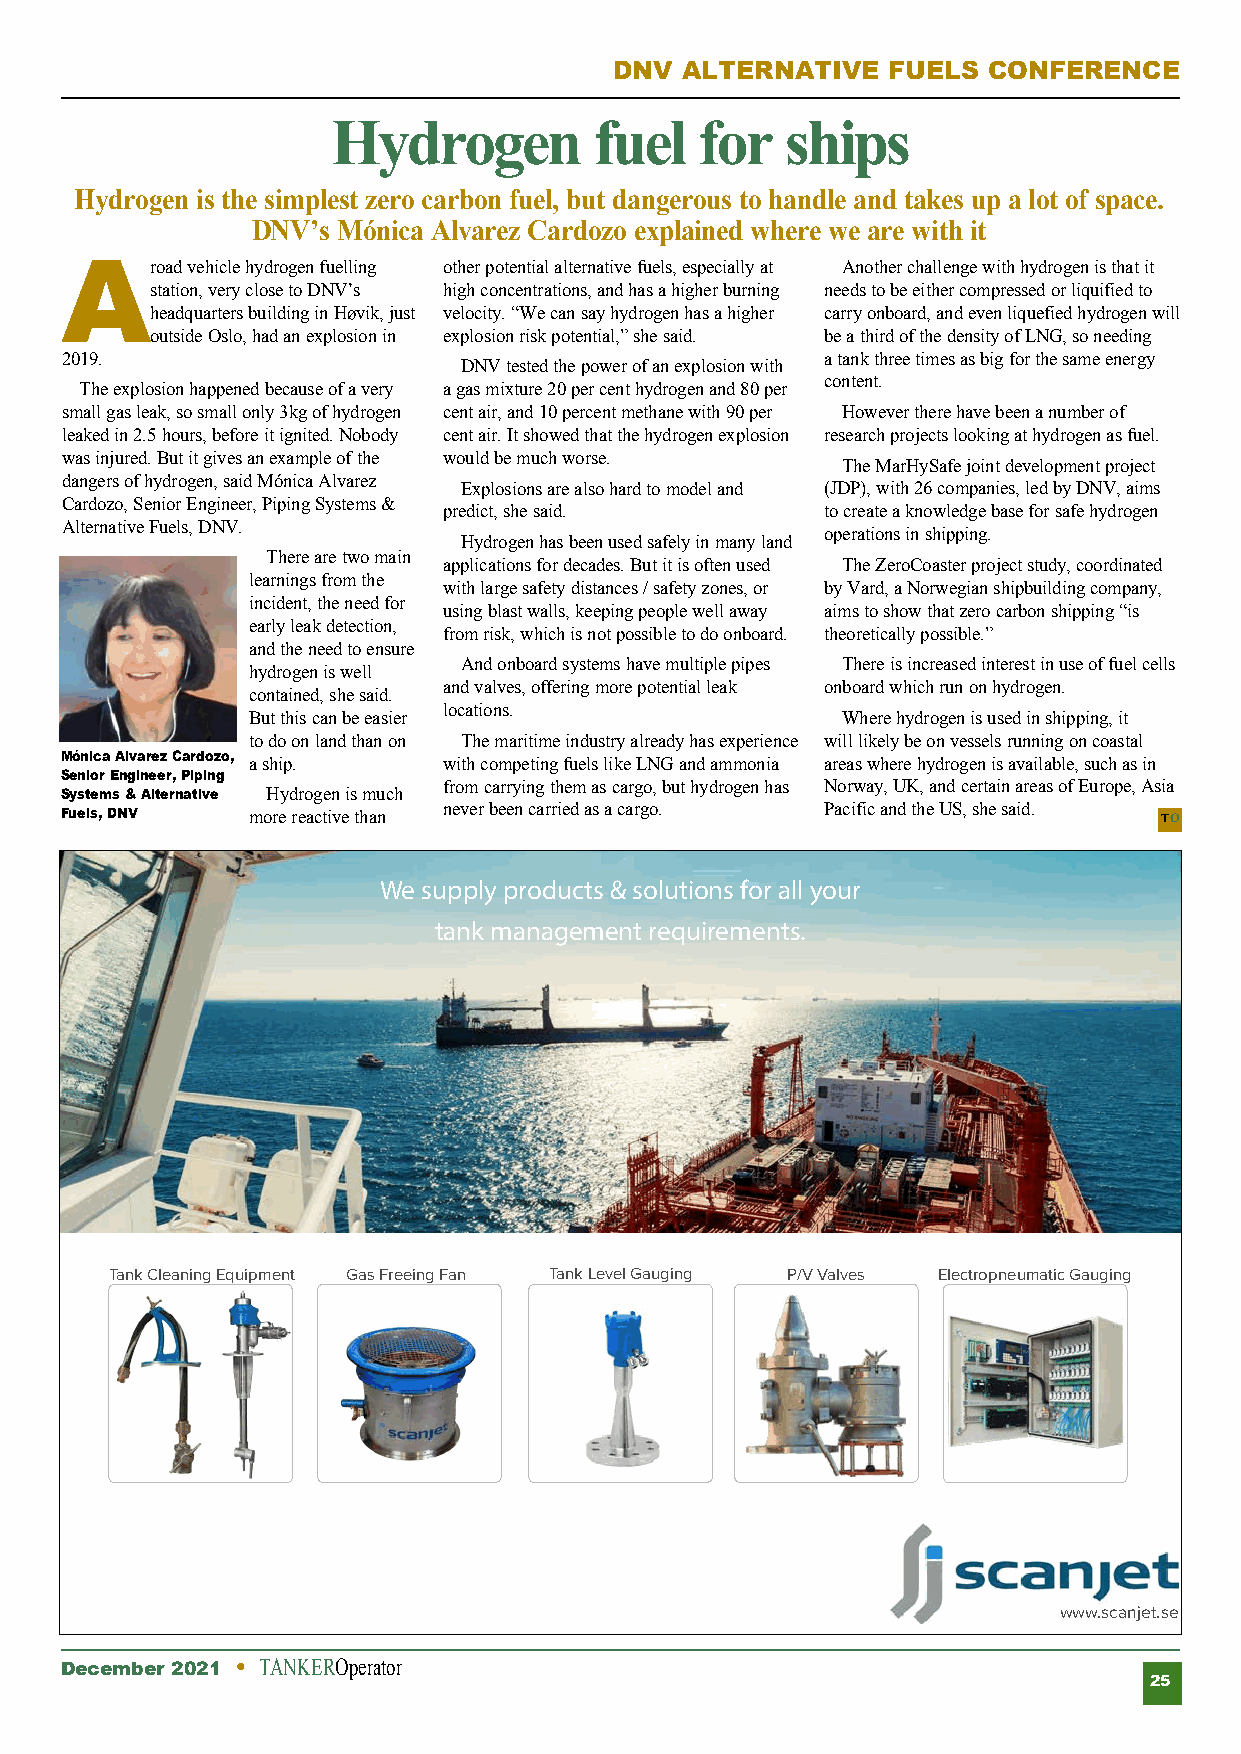
DNV ALTERNATIVE   FUELS CONFERENCE
 Hydrogen         fuel   for   ships
 Hydrogen is the simplest zero carbon fuel, but dangerous to handle and takes up a lot of space.
 DNV’s Mónica Alvarez Cardozo explained where we are with it
 Ar    oad vehicle hydrogen fuelling other potential alternative fuels, especially at Another challenge with hydrogen is that it
 station, very close to DNV’s high concentrations, and has a higher burning needs to be either compressed or liquified to
 headquarters building in Høvik, just velocity. “We can say hydrogen has a higher carry onboard, and even liquefied hydrogen will
 outside Oslo, had an explosion in explosion risk potential,” she said. be a third of the density of LNG, so needing
 2019.                                              a tank three times as big for the same energy
 DNV tested the power of an explosion with
 content.
 The explosion happened because of a very a gas mixture 20 per cent hydrogen and 80 per
 small gas leak, so small only 3kg of hydrogen cent air, and 10 percent methane with 90 per However there have been a number of
 leaked in 2.5 hours, before it ignited. Nobody cent air. It showed that the hydrogen explosion research projects looking at hydrogen as fuel.
 was injured. But it gives an example of the would be much worse.
 The MarHySafe joint development project
 dangers of hydrogen, said Mónica Alvarez
 Explosions are also hard to model and (JDP), with 26 companies, led by DNV, aims
 Cardozo, Senior Engineer, Piping Systems &
 predict, she said.        to create a knowledge base for safe hydrogen
 Alternative Fuels, DNV.
 operations in shipping.
 Hydrogen has been used safely in many land
 There are two main
 applications for decades. But it is often used The ZeroCoaster project study, coordinated
 learnings from the
 with large safety distances / safety zones, or by Vard, a Norwegian shipbuilding company,
 incident, the need for
 using blast walls, keeping people well away aims to show that zero carbon shipping “is
 early leak detection,
 from risk, which is not possible to do onboard. theoretically possible.”
 and the need to ensure
 And onboard systems have multiple pipes There is increased interest in use of fuel cells
 hydrogen is well
 and valves, offering more potential leak onboard which run on hydrogen.
 contained, she said.
 locations.
 But this can be easier                  Where hydrogen is used in shipping, it
 to do on land than on The maritime industry already has experience will likely be on vessels running on coastal
 Mónica Alvarez Cardozo, a ship. with competing fuels like LNG and ammonia areas where hydrogen is available, such as in
 Senior Engineer, Piping
 from carrying them as cargo, but hydrogen has Norway, UK, and certain areas of Europe, Asia
 Systems & Alternative Hydrogen is much
 Fuels, DNV  more reactive than never been carried as a cargo. Pacific and the US, she said. TO
 We supply products & solutions for all your
 tank management requirements.
 Tank Cleaning Equipment Gas Freeing Fan Tank Level Gauging P/V Valves Electropneumatic Gauging
 www.scanjet.se
 December 2021 l TANKEROperator
 25